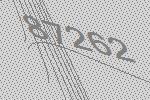
87262